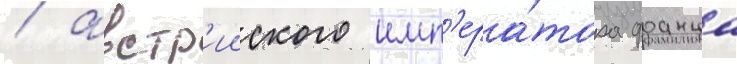
/ австр'ииского имп'ера́тора франца